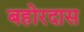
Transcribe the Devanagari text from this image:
बहोरदास